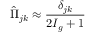
\hat { \Pi } _ { j k } \approx \frac { \delta _ { j k } } { 2 I _ { g } + 1 }